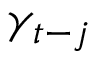
\gamma _ { t - j }